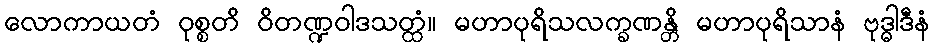
လောကာယတံ ဝုစ္စတိ ဝိတဏ္ဍဝါဒသတ္ထံ။ မဟာပုရိသလက္ခဏန္တိ မဟာပုရိသာနံ ဗုဒ္ဓါဒီနံ